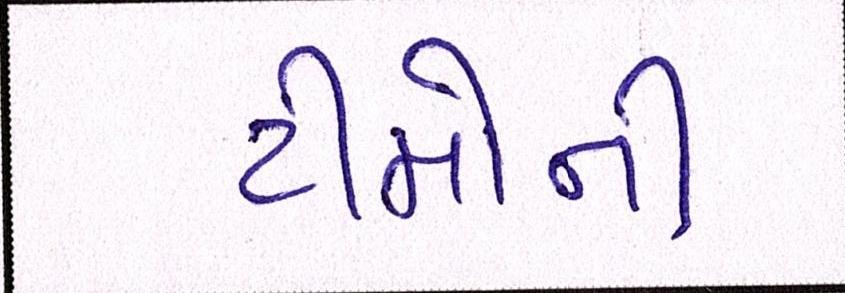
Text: ટીમોની